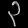
Digit: ၃